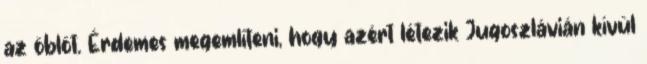
az öblöt. Érdemes megemlíteni, hogy azért létezik Jugoszlávián kívül